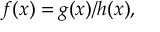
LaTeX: f ( x ) = g ( x ) / h ( x ) ,